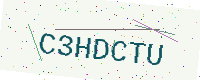
Text: C3HDCTU